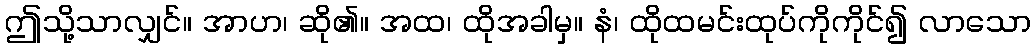
ဤသို့သာလျှင်။ အာဟ၊ ဆို၏။ အထ၊ ထိုအခါမှ။ နံ၊ ထိုထမင်းထုပ်ကိုကိုင်၍ လာသော